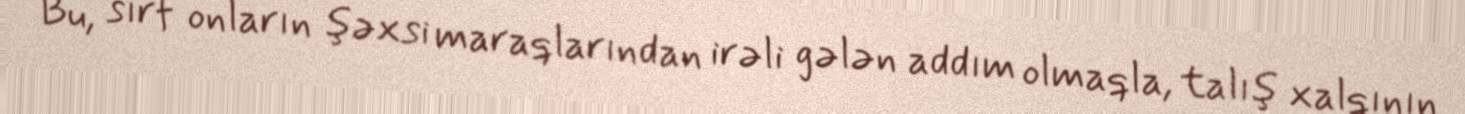
Bu, sırf onların şəxsi maraqlarından irəli gələn addım olmaqla, talış xalqının